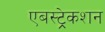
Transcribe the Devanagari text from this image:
एबस्ट्रेकशन